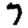
Digit: 7